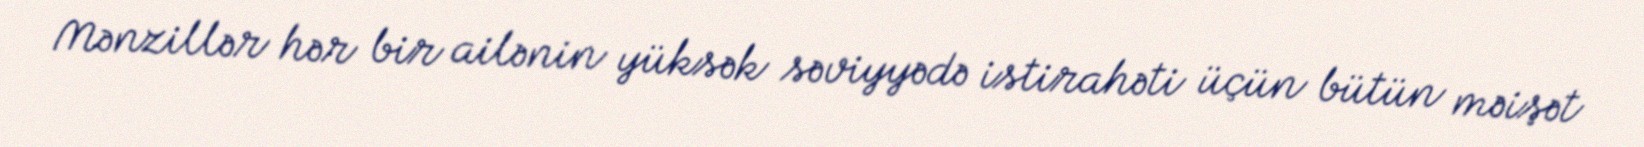
Mənzillər hər bir ailənin yüksək səviyyədə istirahəti üçün bütün məişət